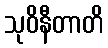
သုဝိနီတာတိ